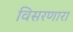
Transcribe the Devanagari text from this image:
विसरणारा